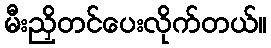
မီးညှိတင်ပေးလိုက်တယ်။